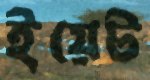
ইয়েট